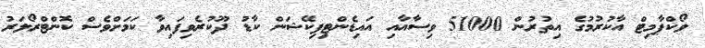
ވޯކްޕާމިޓް އާކުރުމުގެ އިތުރުން 51000 ވިސާއާއި އައިޑެންޓިފިކޭޝަން ކާޑު ދޫކުރެވިފައިވާ ކަމަށްވެސް ކޮންޓްރޯލަރު